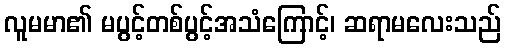
လူမမာ၏ မပွင့်တစ်ပွင့်အသံကြောင့်၊ ဆရာမလေးသည်